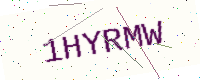
Text: 1HYRMW